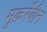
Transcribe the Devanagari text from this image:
मुक़र्रेबीन